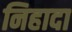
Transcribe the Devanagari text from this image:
निहादा